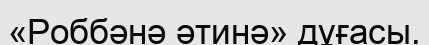
«Роббәнә әтинә» дұғасы.